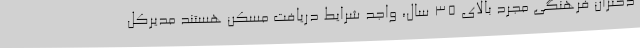
دختران فرهنگیِ مجرد بالای ۳۵ سال، واجد شرایط دریافت مسکن هستند مدیرکل